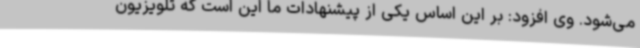
می‌شود. وی افزود: بر این اساس یکی از پیشنهادات ما این است که تلویزیون